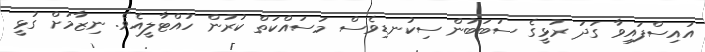
އައިސްފައިވާ ގަދަ ރުޅީގެ ސަބަބުން ސިކުނޑިވެސް މަސައްކަތް ކުރުން ހުއްޓާލީއެވެ. ނިޒާމަށް ގުޅީ